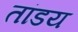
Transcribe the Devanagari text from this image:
तांडय